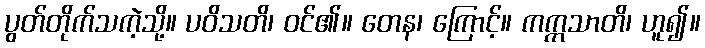
ပွတ်တိုက်သကဲ့သို့။ ပဝိသတိ၊ ဝင်၏။ တေန၊ ကြောင့်။ ကက္ကသာတိ၊ ဟူ၍။